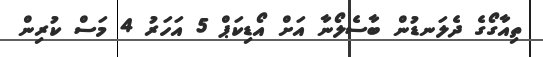
ތިއާގޯގެ ދެލަނޑުން ބާސެލޯނާ އަށް އޯޑިކަޕް 5 އަހަރު 4 މަސް ކުރިން